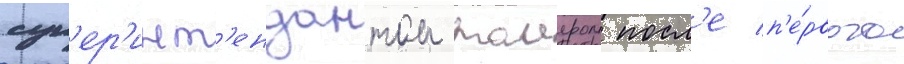
суп'ер'инт'ендантом таиером посл'е п'е́рвого